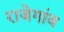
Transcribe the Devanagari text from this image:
राजेगांव